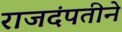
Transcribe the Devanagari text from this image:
राजदंपतीने